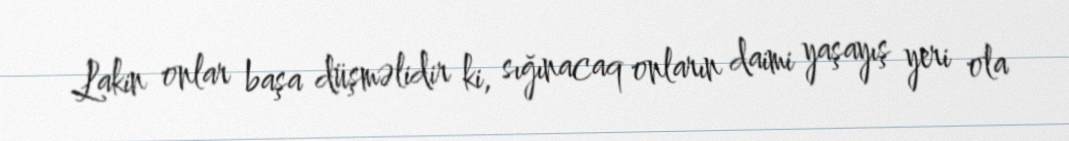
Lakin onlar başa düşməlidir ki, sığınacaq onların daimi yaşayış yeri ola